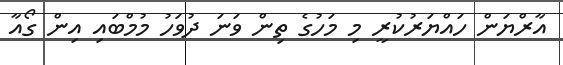
އާރްޔަން ހައްޔަރުކުރީ މި މަހުގެ ތިން ވަނަ ދުވަހު މުމްބައި އިން ގޯއާ